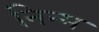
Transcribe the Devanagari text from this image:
निन्‍म